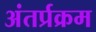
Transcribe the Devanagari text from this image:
अंतर्प्रक्रम